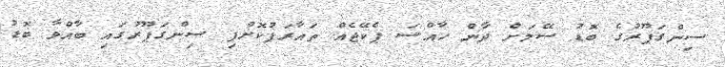
ސިންގަޕޫރުގެ ބޮޑު ސޭލަށް ދާން ހާއްސަ ޕެކޭޖެއް ތައާރަފުކޮށްފި ސިންގަޕޫރުގައި ބާއްވާ ބޮޑު